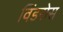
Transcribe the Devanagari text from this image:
विंडरोस